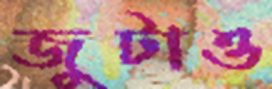
জুটাও